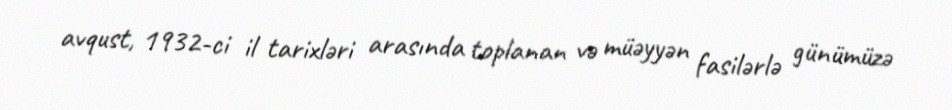
avqust, 1932-ci il tarixləri arasında toplanan və müəyyən fasilərlə günümüzə